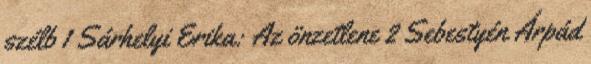
szélb 1 Sárhelyi Erika: Az önzetlene 2 Sebestyén Árpád